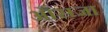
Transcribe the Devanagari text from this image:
औसजा